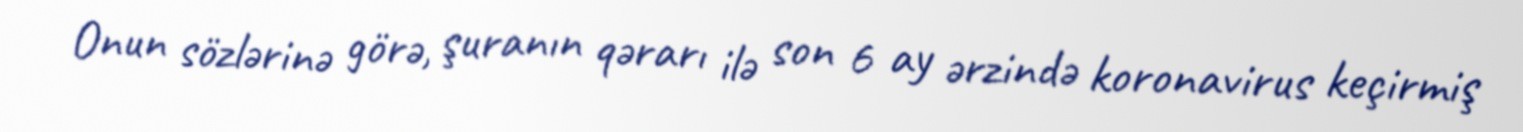
Onun sözlərinə görə, şuranın qərarı ilə son 6 ay ərzində koronavirus keçirmiş